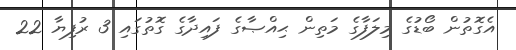
އެގޮތުން ބޯޑުގެ މިލަފާގެ މަތިން ޙިއްޞާގެ ފައިދާގެ ގޮތުގައި 3 ރުފިޔާ 22